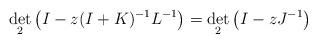
LaTeX: \begin{align*}\det_{2}\left(I-z(I+K)^{-1}L^{-1}\right)=\det_{2}\left(I-zJ^{-1}\right)\end{align*}